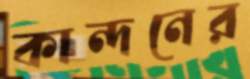
কান্দনের